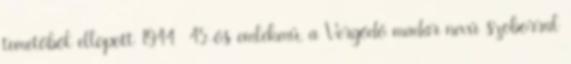
temetőből ellopott 1944 45-ös emlékmű, a Vergődő madár nevű szoborral